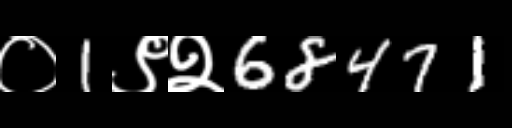
Text: ०1९२68471